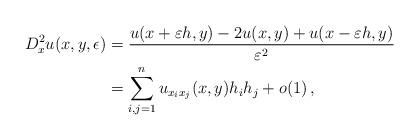
LaTeX: \begin{align*}D^2_x u(x,y,\epsilon)&=\frac {u(x+\varepsilon h,y)-2u(x,y)+u(x-\varepsilon h,y)}{\varepsilon^2}\\&=\sum_{i,j=1}^nu_{x_ix_j}(x,y)h_ih_j+o(1)\,,\end{align*}